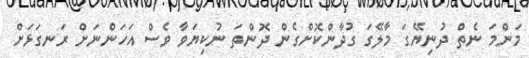
މަންމަ ނެތް ދުނިޔޭގަ މާލޭގަ ގުދާންކޮށްގެން ދޮންތަ ނުކިޔަވާ ވެސް އަހަންނަށް ރަނގަޅަށް